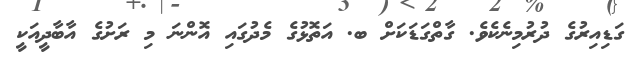
ގަޑިއިރުގެ ދުރުމިނެކެވެ. ގާތްގަޑަކަށް ބ. އަތޮޅުގެ މެދުގައި އޮންނަ މި ރަށުގެ އާބާދީއަކީ